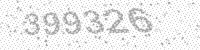
Solution: 399326